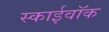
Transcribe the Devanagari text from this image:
स्काईवॉक